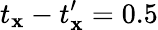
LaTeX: t_{\mathbf{x}}-t_{\mathbf{x}}^{\prime}=0.5